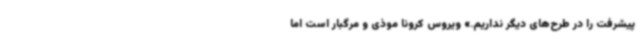
پیشرفت را در طرح‌های دیگر نداریم.» ویروس کرونا موذی و مرگبار است اما